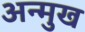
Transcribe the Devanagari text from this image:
अन्मुख